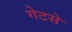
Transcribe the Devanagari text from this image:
गेटसे